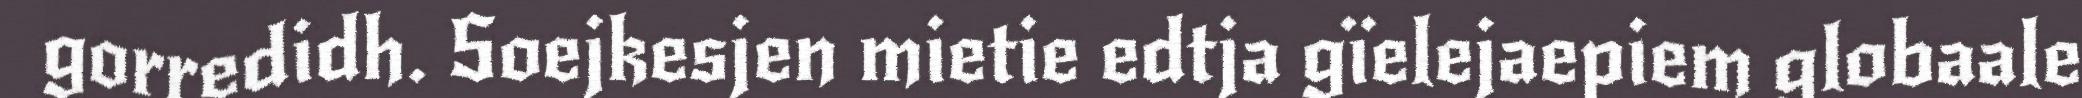
gorredidh. Soejkesjen mietie edtja gïelejaepiem globaale